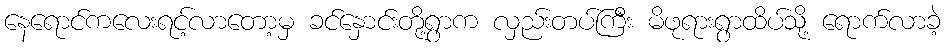
နေရောင်ကလေးရင့်လာတော့မှ ခင်နှောင်းတို့ရွာက လှည်းတပ်ကြီး မိဖုရားရွာထိပ်သို့ ရောက်လာခဲ့